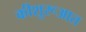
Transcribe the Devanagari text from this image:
कीशुरूआत